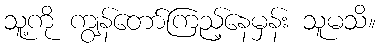
သူ့ကို ကျွန်တော်ကြည့်နေမှန်း သူမသိ။